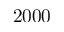
2 0 0 0